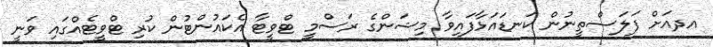
އދއަށް ފަލަސްތީނުން ކަނޑައަޅާފައިވާ މިޝަންގެ ރަސްމީ ޓްވީޓާ އެކައުންޓުން ކުރި ޓްވީޓެއްގައި ވަނީ